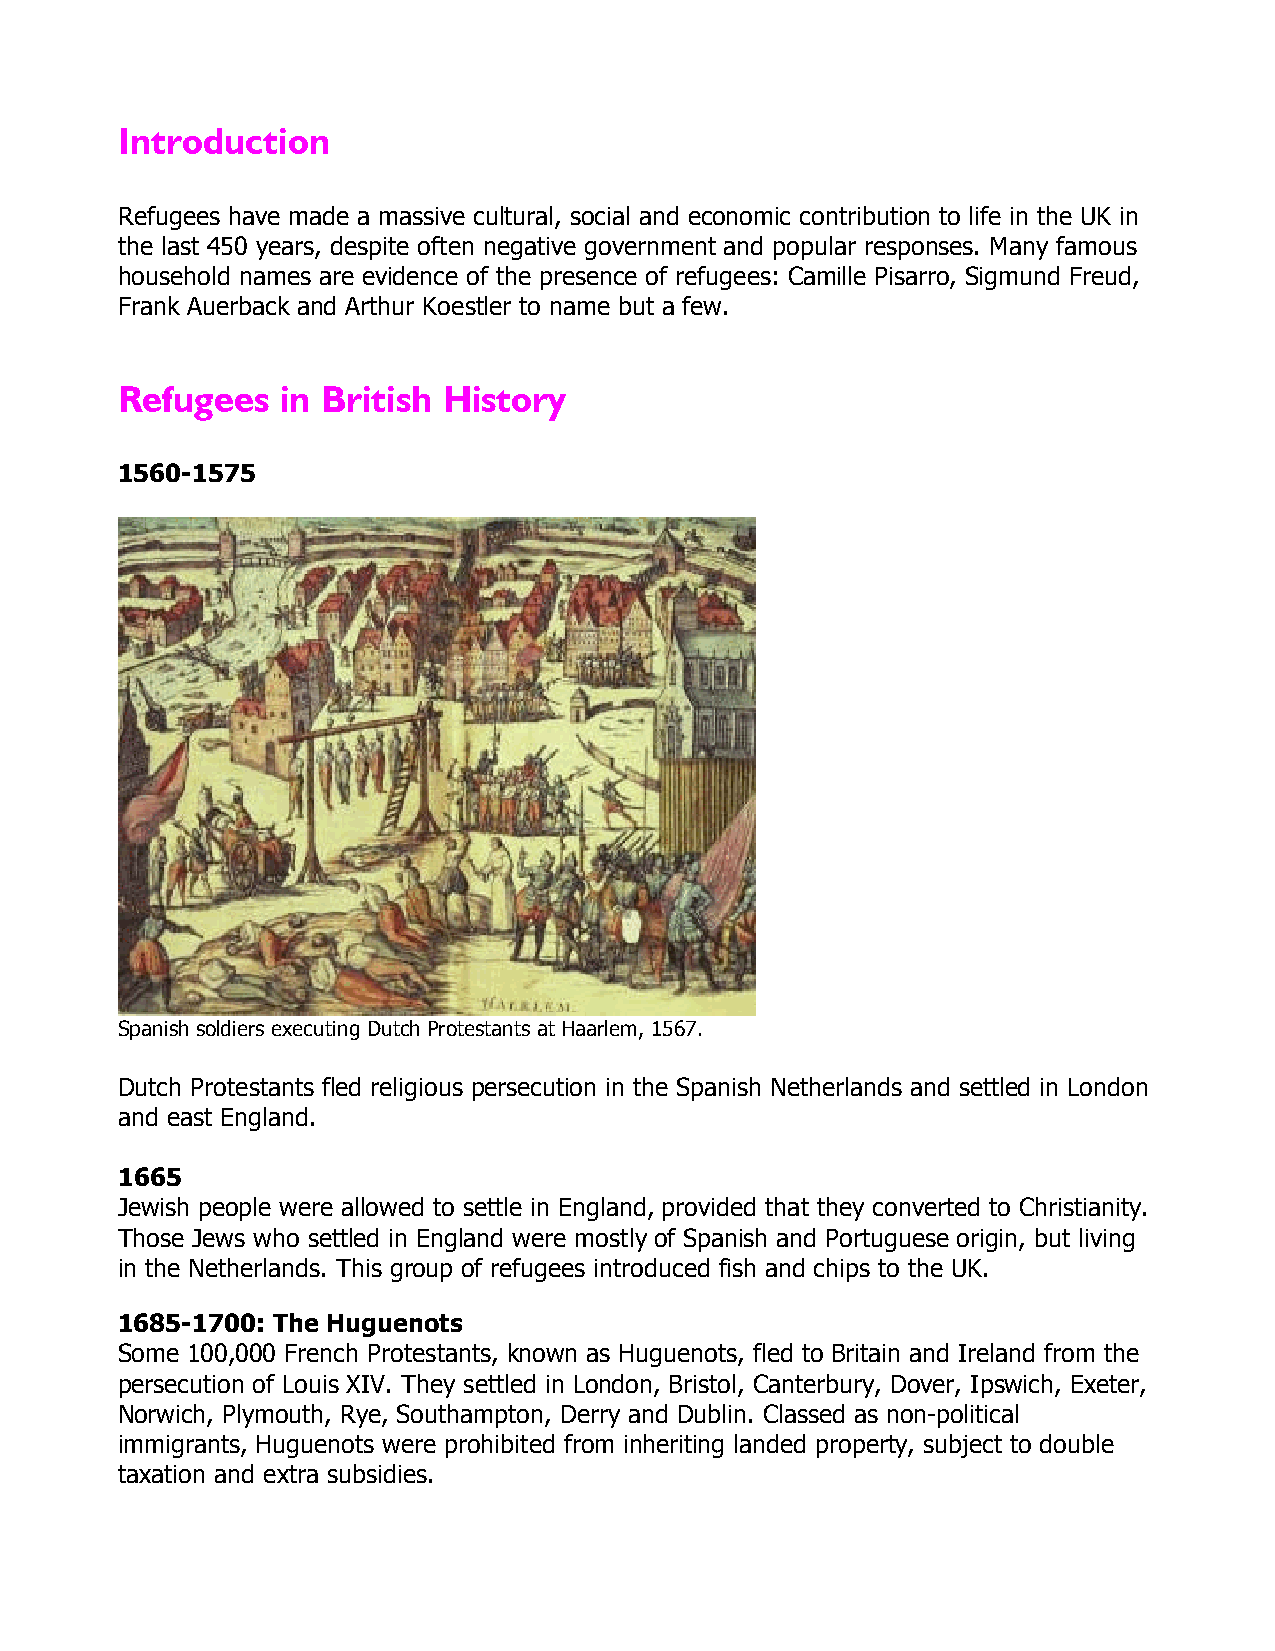
Introduction
 Refugees have made a massive cultural, social and economic contribution to life in the UK in
 the last 450 years, despite often negative government and popular responses. Many famous
 household names are evidence of the presence of refugees: Camille Pisarro, Sigmund Freud,
 Frank Auerback and Arthur Koestler to name but a few.
 Refugees   in British History
 1560-1575
 Spanish soldiers executing Dutch Protestants at Haarlem, 1567.
 Dutch Protestants fled religious persecution in the Spanish Netherlands and settled in London
 and east England.
 1665
 Jewish people were allowed to settle in England, provided that they converted to Christianity.
 Those Jews who settled in England were mostly of Spanish and Portuguese origin, but living
 in the Netherlands. This group of refugees introduced fish and chips to the UK.
 1685-1700: The Huguenots
 Some 100,000 French Protestants, known as Huguenots, fled to Britain and Ireland from the
 persecution of Louis XIV. They settled in London, Bristol, Canterbury, Dover, Ipswich, Exeter,
 Norwich, Plymouth, Rye, Southampton, Derry and Dublin. Classed as non-political
 immigrants, Huguenots were prohibited from inheriting landed property, subject to double
 taxation and extra subsidies.